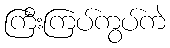
ကြီးကြပ်ကွပ်ကဲ